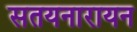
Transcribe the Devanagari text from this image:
सतयनारायन